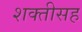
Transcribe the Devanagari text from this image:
शक्तीसह